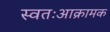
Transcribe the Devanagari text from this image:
स्वतःआक्रामक